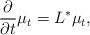
\begin{align*} \frac{\partial}{\partial t} \mu_t = L^* \mu_t,\end{align*}